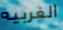
الغربيه